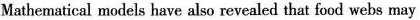
Mathematical models have also revealed that food webs may